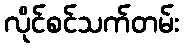
လိုင်စင်သက်တမ်း